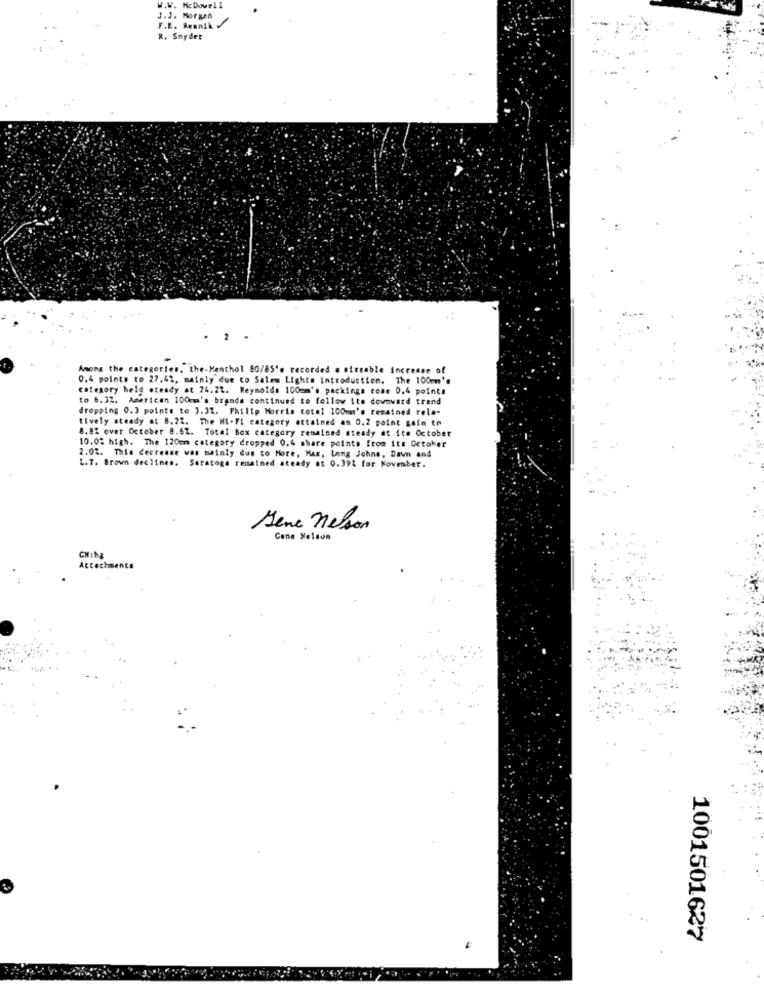
W.W. McDowell
J.J. Morgen
F.E. Reanik
R. Snyder
2
Among the categories, the-Menthol 80/85's recorded s sizeable increase of
0.4 points to 27.42, mainly due to Salem Lights introduction. The 100mm'
category held steady at 24.22. Reynolds 100mm's packings rese 0,4 point#
to 6.32. American 100mm's brande continued to follow ito downward trend
dropping 0.3 points to 3.31. Philip Morris totel 100mm's remained rela-
tively steady at 8.22. The HI-FI category attained an 0.2 point gain to
8.8% over October 8.62. Total Box category remained steady at itm October
10.02 high. The 120mm category dropped 0.4 share points from its Octoher
2.02. This decrease was mainly due to Hore, Max, Long Johns, Dawn and
L.T. Brown declines. Saratoga remained steady of 0.39% for November.
Sene nelson
Cane Nelson
Attachments
1001501627